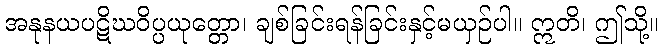
အနုနယပဋိဃဝိပ္ပယုတ္တော၊ ချစ်ခြင်းရန်ခြင်းနှင့်မယှဉ်ပါ။ ဣတိ၊ ဤသို့။